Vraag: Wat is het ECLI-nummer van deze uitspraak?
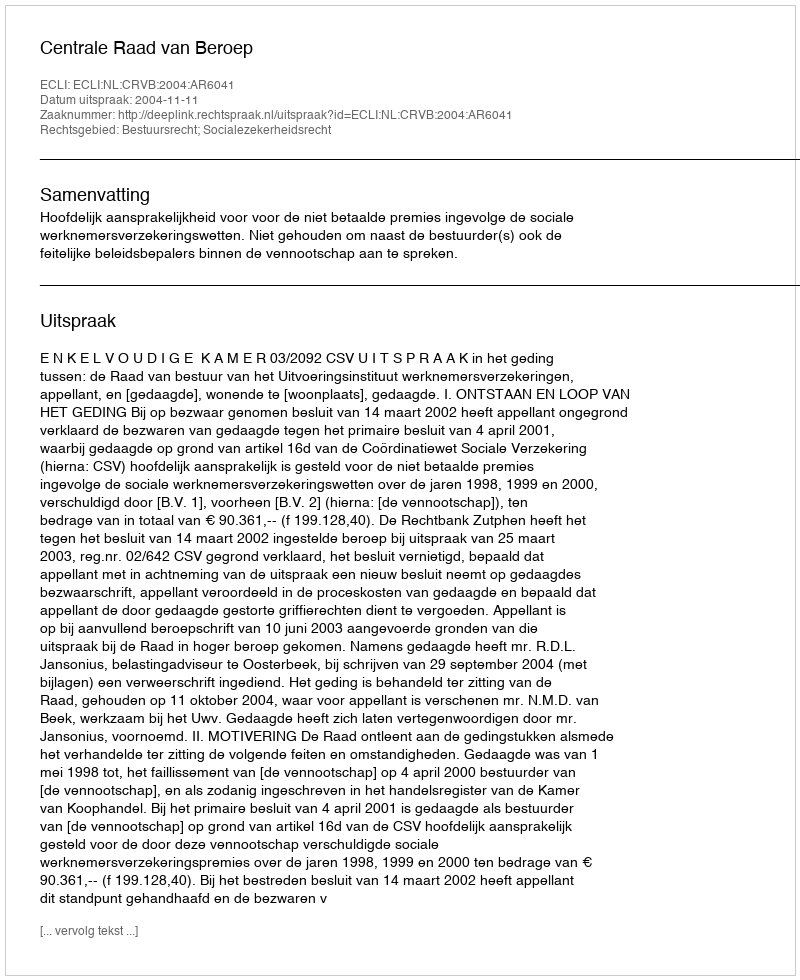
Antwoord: ECLI:NL:CRVB:2004:AR6041